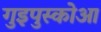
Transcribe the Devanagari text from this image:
गुइपुस्कोआ